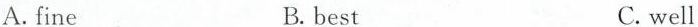
A.fine. B.best C.well